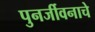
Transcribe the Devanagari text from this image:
पुनर्जीवनाचे